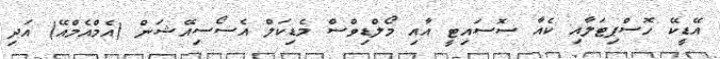
އޭޑީކޭ ހޮސްޕިޓަލާއި ކެއާ ސޮސައިޓީ އާއި މޯލްޑިވްސް މެޑިކަލް އެސޯސިއޭޝަން (އެމްއެމްއޭ) އަދި